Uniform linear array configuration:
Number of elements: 8
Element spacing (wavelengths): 0.75
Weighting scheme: kaiser
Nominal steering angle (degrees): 0
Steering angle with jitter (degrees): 1.908
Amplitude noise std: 0.05
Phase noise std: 0.05

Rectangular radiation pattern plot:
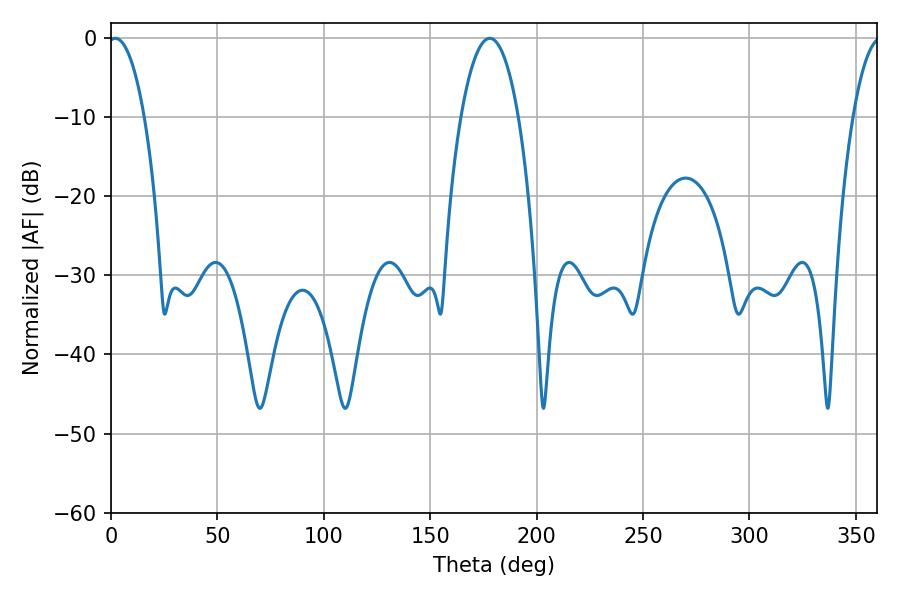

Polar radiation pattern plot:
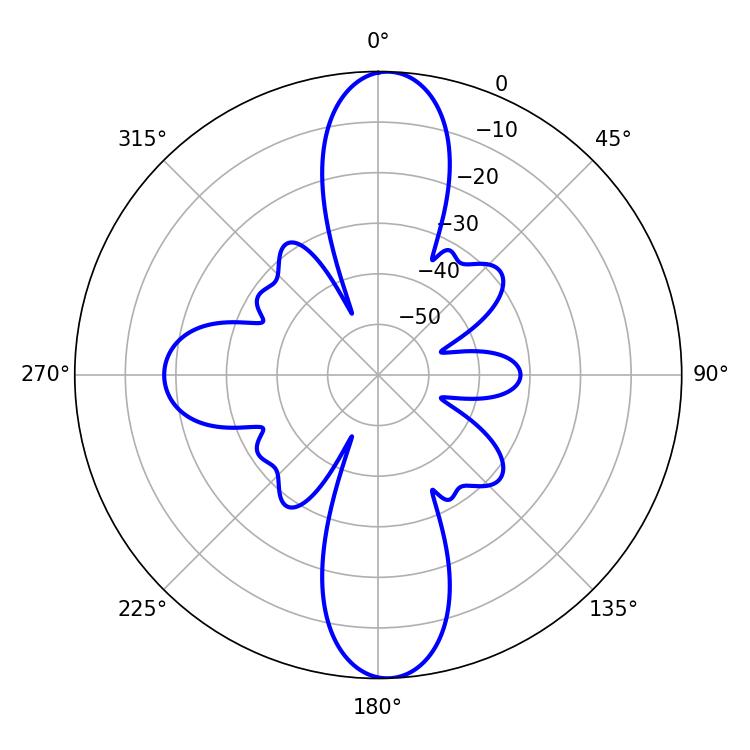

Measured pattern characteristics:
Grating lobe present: TRUE
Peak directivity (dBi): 21.643
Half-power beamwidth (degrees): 14.94
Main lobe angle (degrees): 178.02